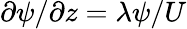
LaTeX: {\partial\psi}/{\partial z}=\lambda\psi/U